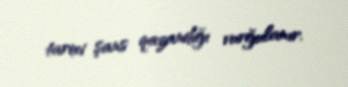
tarixi şans qazandığı vurğulanır.